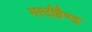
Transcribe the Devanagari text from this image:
मल्टीहैण्ड